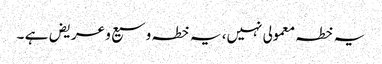
یہ خطہ معمولی نہیں، یہ خطہ وسیع و عریض ہے ۔